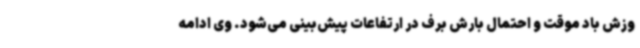
وزش باد موقت و احتمال بارش برف در ارتفاعات پیش‌بینی می‌شود. وی ادامه